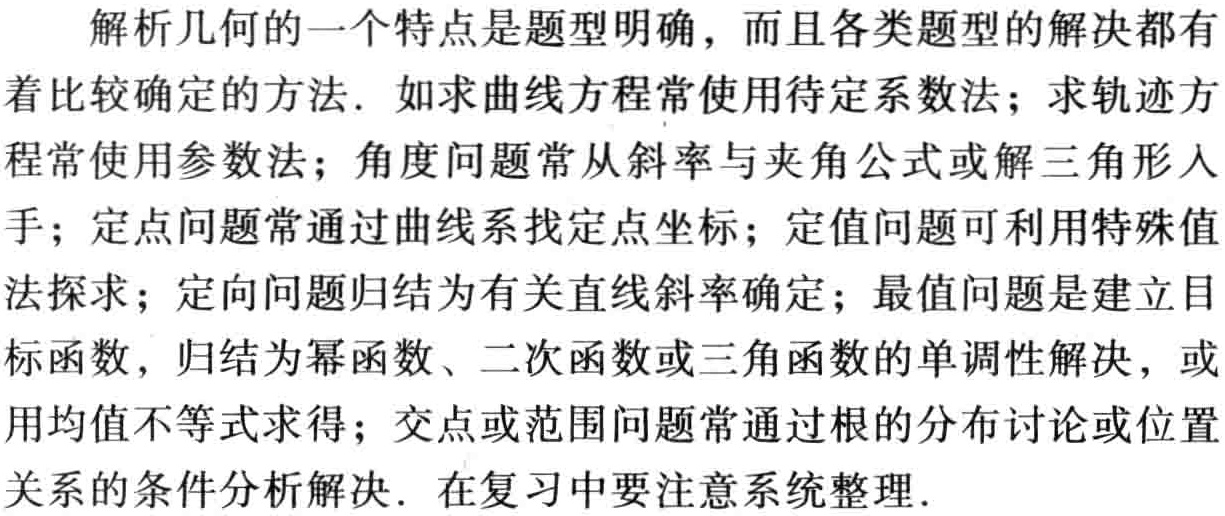
解析几何的一个特点是题型明确，而且各类题型的解决都有着比较确定的方法. 如求曲线方程常使用待定系数法；求轨迹方程常使用参数法；角度问题常从斜率与夹角公式或解三角形入手；定点问题常通过曲线系找定点坐标；定值问题可利用特殊值法探求；定向问题归结为有关直线斜率确定；最值问题是建立目标函数，归结为幂函数、二次函数或三角函数的单调性解决，或用均值不等式求得；交点或范围问题常通过根的分布讨论或位置关系的条件分析解决. 在复习中要注意系统整理.